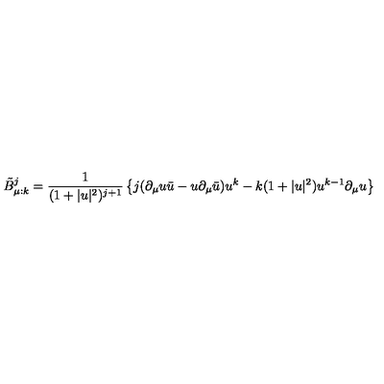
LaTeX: \tilde { B } _ { \mu : k } ^ { j } = \frac { 1 } { ( 1 + | u | ^ { 2 } ) ^ { j + 1 } } \left\{ j ( \partial _ { \mu } u \bar { u } - u \partial _ { \mu } \bar { u } ) u ^ { k } - k ( 1 + | u | ^ { 2 } ) u ^ { k - 1 } \partial _ { \mu } u \right\}